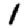
Digit: 1